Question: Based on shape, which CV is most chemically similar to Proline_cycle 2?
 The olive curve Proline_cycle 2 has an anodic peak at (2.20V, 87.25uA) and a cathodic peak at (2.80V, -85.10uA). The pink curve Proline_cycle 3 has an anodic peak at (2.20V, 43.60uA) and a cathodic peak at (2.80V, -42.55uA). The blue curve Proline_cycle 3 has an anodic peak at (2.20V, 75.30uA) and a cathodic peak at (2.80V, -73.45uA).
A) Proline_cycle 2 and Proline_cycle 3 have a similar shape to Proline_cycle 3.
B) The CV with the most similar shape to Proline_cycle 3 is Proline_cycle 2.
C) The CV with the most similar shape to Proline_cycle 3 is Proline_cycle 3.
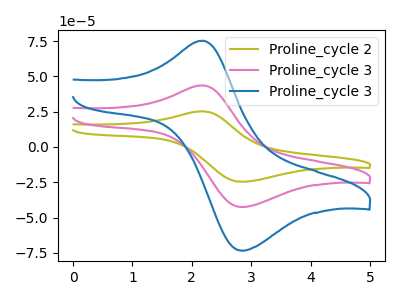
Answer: <think>All the peaks in "Proline_cycle 2" have a peak in "Proline_cycle 3" at the same potential. Every peak in "Proline_cycle 2" is higher than every peak in "Proline_cycle 3". All the peaks in "Proline_cycle 2" have a peak in "Proline_cycle 3" at the same potential. Every peak in "Proline_cycle 2" is higher than every peak in "Proline_cycle 3". All the peaks in "Proline_cycle 3" have a peak in "Proline_cycle 3" at the same potential. Every peak in "Proline_cycle 3" is lower than every peak in "Proline_cycle 3".
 </think>
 <answer>A) "Proline_cycle 2" and "Proline_cycle 3" have a similar shape to "Proline_cycle 3".</answer>
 <eval>A</eval>